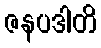
ဇနပဒါတိ